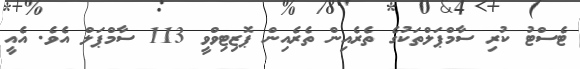
ޓެސްޓު ކުރި ސާމްޕަލްތަކުގެ ތެރެއިން ތެރެއިން ޕޮޒިޓިވްވީ 113 ސާމްޕަލް އެވެ. އެއީ